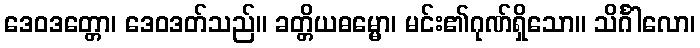
ဒေဝဒတ္တော၊ ဒေဝဒတ်သည်။ ခတ္တိယဓမ္မော၊ မင်း၏ဂုဏ်ရှိသော။ သိင်္ဂါလော၊